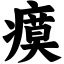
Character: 瘼